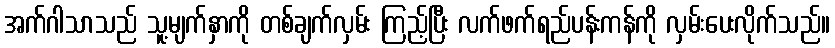
အက်ဂါသာသည် သူ့မျက်နှာကို တစ်ချက်လှမ်း ကြည့်ပြီး လက်ဖက်ရည်ပန်းကန်ကို လှမ်းပေးလိုက်သည်။